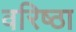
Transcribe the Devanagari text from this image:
वरिष्ठा